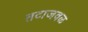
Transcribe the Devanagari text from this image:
तटाजवळ